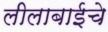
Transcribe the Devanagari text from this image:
लीलाबाईचे